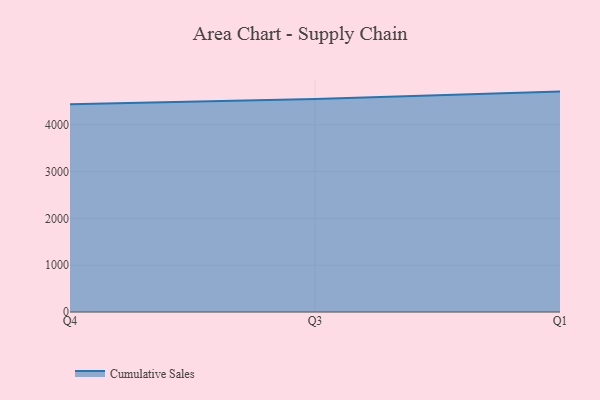
{"axis": {"x": "Quarter", "y": "Market Share (%)"}, "legend": ["Cumulative Sales"], "data": [{"x": "Q4", "y": 4436.3, "type": "Cumulative Sales"}, {"x": "Q3", "y": 4553.5, "type": "Cumulative Sales"}, {"x": "Q1", "y": 4709.1, "type": "Cumulative Sales"}]}